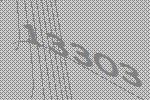
13303